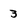
Character: 3